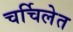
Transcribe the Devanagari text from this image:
चर्चिलेत